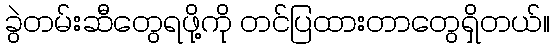
ခွဲတမ်းဆီတွေရဖို့ကို တင်ပြထားတာတွေရှိတယ်။